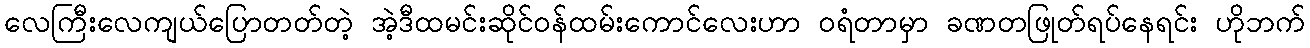
လေကြီးလေကျယ်ပြောတတ်တဲ့ အဲ့ဒီထမင်းဆိုင်ဝန်ထမ်းကောင်လေးဟာ ဝရံတာမှာ ခဏတဖြုတ်ရပ်နေရင်း ဟိုဘက်